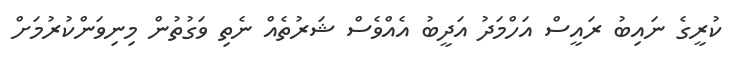
ކުރީގެ ނައިބު ރައީސް އަހްމަދު އަދީބު އެއްވެސް ޝަރުތެއް ނެތި ވަގުތުން މިނިވަންކުރުމަށް